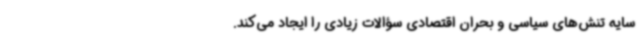
سایه تنش‌های سیاسی و بحران اقتصادی سؤالات زیادی را ایجاد می‌کند.